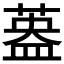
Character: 𱾄